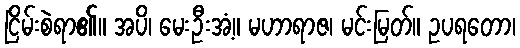
ငြိမ်းစဲရာ၏။ အပိ၊ မေးဦးအံ့။ မဟာရာဇ၊ မင်းမြတ်။ ဥပရတော၊